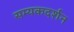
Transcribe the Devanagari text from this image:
सम्यकदर्शन